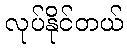
လုပ်နိုင်တယ်